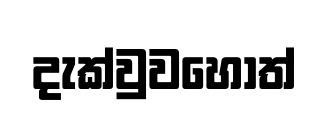
දැක්වුවහොත්